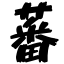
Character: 蕃